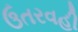
ઉતરવહી